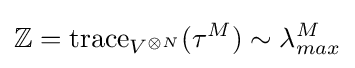
\mathbb {Z} =\operatorname {trace} _{V^{\otimes N}}(\tau ^{M})\sim \lambda _{max}^{M}